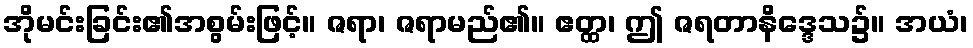
အိုမင်းခြင်း၏အစွမ်းဖြင့်။ ဇရာ၊ ဇရာမည်၏။ ဧတ္ထ၊ ဤ ဇရတာနိဒ္ဒေသ၌။ အယံ၊